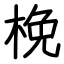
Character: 梚